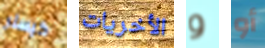
كيسلر الأخريات و أو